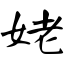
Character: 姥